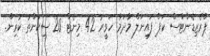
ޕްރެޒިޑެންޓްސް ކަޕް ފައިނަލް މާދަމާ ހަވީރު 42 މިނެޓް 20 ސިކުންތު ކުރިން.